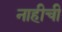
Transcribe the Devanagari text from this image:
नाहीची